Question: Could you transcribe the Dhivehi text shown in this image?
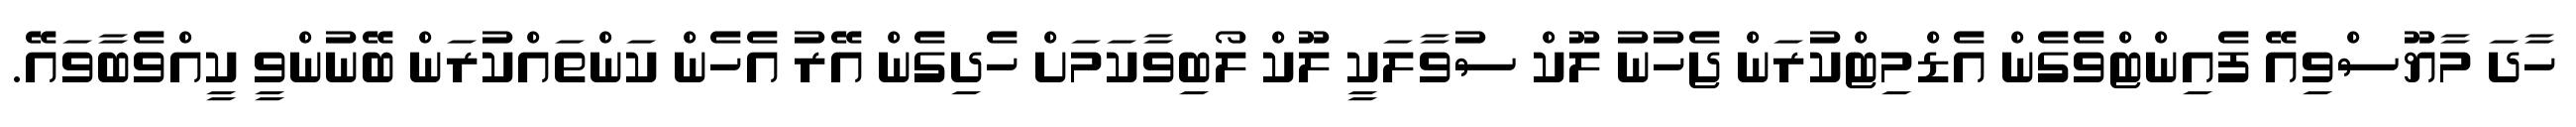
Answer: ހާދަ މާޔޫސްވިއޭ ފެއިންޓްވެގެން އެޑްމިޓްކުރަން ޖެހުނު ލޫކް ސުވާލަކީ ލޫކް ލޯބިވާކަމަށް ހެދިގެން އޭރު އެހެން ކަންތައްކުރަން ބޭނުންވީ ކީއްވެބާވައޭ.